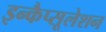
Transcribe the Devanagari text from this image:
इन्कैप्सूलेशन